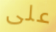
على